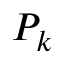
P _ { k }